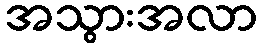
အသွားအလာ